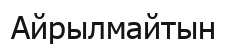
Айрылмайтын